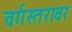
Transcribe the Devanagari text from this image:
वर्गस्तरावर